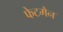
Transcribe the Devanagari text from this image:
फेटमैन